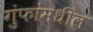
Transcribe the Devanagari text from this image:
गुंफांमधील